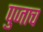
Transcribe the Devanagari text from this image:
पुजाच